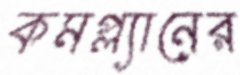
কমপ্ল্যানের